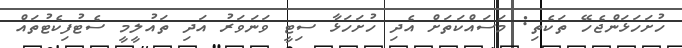
ހުށަހަޅަންޖެހޭ ތަކެތި: މަސައްކަތަށް އެދި ހުށަހަޅާ ސިޓީ ވަނަވަރު އަދި ތައުލީމީ ސެޓުފިކެޓުތައް